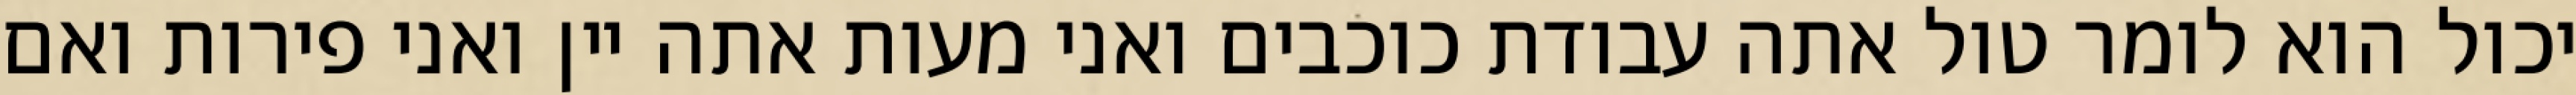
יכול הוא לומר טול אתה עבודת כוכבים ואני מעות אתה יין ואני פירות ואם